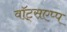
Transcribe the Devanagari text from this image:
वॉट्सएप्प